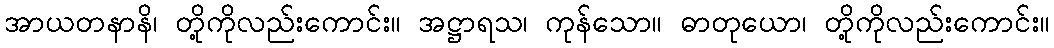
အာယတနာနိ၊ တို့ကိုလည်းကောင်း။ အဋ္ဌာရသ၊ ကုန်သော။ ဓာတုယော၊ တို့ကိုလည်းကောင်း။